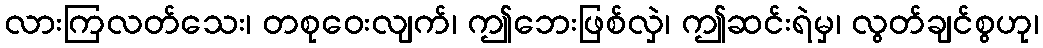
လားကြလတ်သေး၊ တစုဝေးလျက်၊ ဤဘေးဖြစ်လှဲ၊ ဤဆင်းရဲမှ၊ လွတ်ချင်စွဟု၊